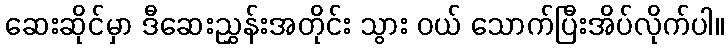
ဆေးဆိုင်မှာ ဒီဆေးညွှန်းအတိုင်း သွား ဝယ် သောက်ပြီးအိပ်လိုက်ပါ။